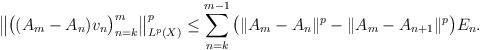
LaTeX: \begin{align*}\big\|\big ( (A_m - A_n ) v_n \big )_{n=k}^m \big\|_{L^p(X)}^p\le \sum_{n=k}^{m-1}\big ( \|A_m - A_n\|^p- \|A_m - A_{n+1}\|^p\big )E_n.\end{align*}